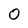
Character: O